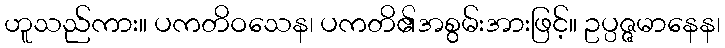
ဟူသည်ကား။ ပကတိဝသေန၊ ပကတိ၏အစွမ်းအားဖြင့်။ ဥပ္ပဇ္ဇမာနေန၊